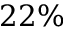
2 2 \%